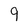
Character: 9